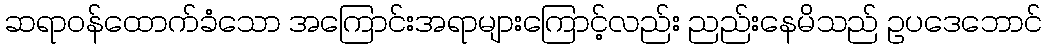
ဆရာဝန်ထောက်ခံသော အကြောင်းအရာများကြောင့်လည်း ညည်းနေမိသည် ဥပဒေဘောင်